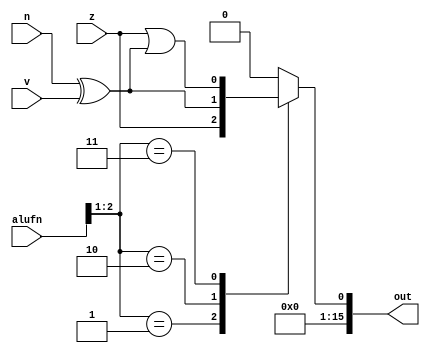
module compare16_10 (
    input [5:0] alufn,
    input z,
    input v,
    input n,
    output reg [15:0] out
  );
  
  
  
  always @* begin
    
    case (alufn[1+1-:2])
      2'h1: begin
        out = z;
      end
      2'h2: begin
        out = n ^ v;
      end
      2'h3: begin
        out = z | (n ^ v);
      end
      default: begin
        out = 1'h0;
      end
    endcase
  end
endmodule